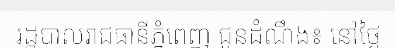
រដ្ឋបាលរាជធានីភ្នំពេញ ជូនដំណឹង៖ នៅថ្ងៃ